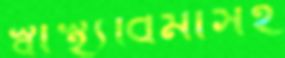
স্বাস্থ্যবিমাসহ